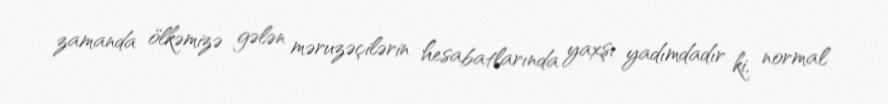
zamanda ölkəmizə gələn məruzəçilərin hesabatlarında yaxşı yadımdadır ki, normal